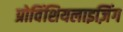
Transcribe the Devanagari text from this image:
प्रोविंशियलाइज़िंग